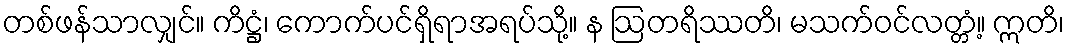
တစ်ဖန်သာလျှင်။ ကိဋ္ဌံ၊ ကောက်ပင်ရှိရာအရပ်သို့။ န ဩတရိဿတိ၊ မသက်ဝင်လတ္တံ့။ ဣတိ၊